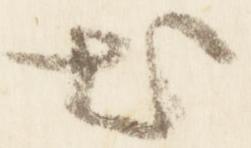
出